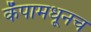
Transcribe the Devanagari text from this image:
कॅपामधूनच